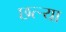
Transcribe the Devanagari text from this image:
छत्र्‍या